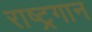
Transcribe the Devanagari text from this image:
राष्‍ट्रगान